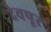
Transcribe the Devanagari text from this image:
देवपूर